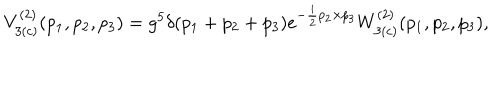
LaTeX: V _ { 3 ( c ) } ^ { ( 2 ) } ( p _ { 1 } , p _ { 2 } , p _ { 3 } ) = g ^ { 5 } \delta ( p _ { 1 } + p _ { 2 } + p _ { 3 } ) e ^ { - \frac { i } { 2 } p _ { 2 } \times p _ { 3 } } W _ { 3 ( c ) } ^ { ( 2 ) } ( p _ { 1 } , p _ { 2 } , p _ { 3 } ) ,